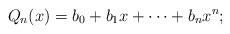
LaTeX: \begin{align*}Q_n(x) = b_0 + b_1 x + \dots + b_n x^n;\end{align*}